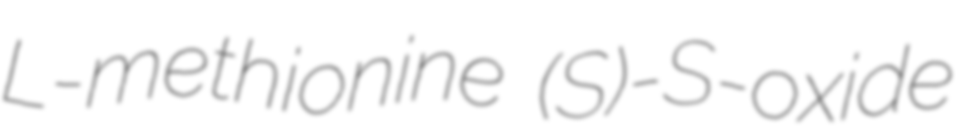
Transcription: L-methionine (S)-S-oxide